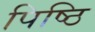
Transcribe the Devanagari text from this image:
पिष्ठि